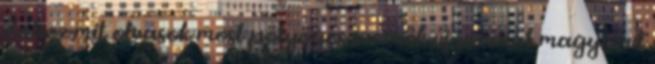
doboz mit olvasok most pötyögés szerzők új sorozat magyarul